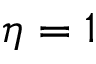
\eta = 1